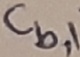
Text: Cb,1